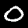
Label: 0